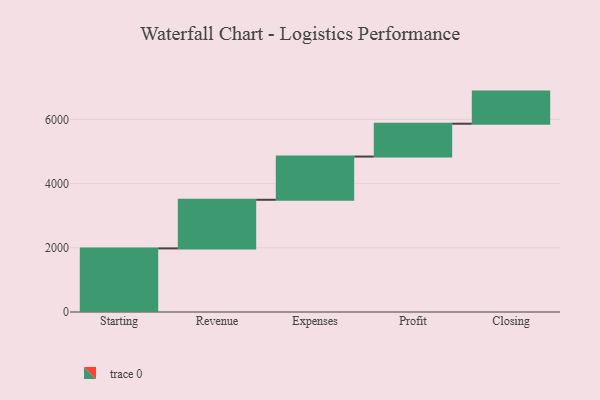
{"axis": {"x": "Step", "y": "Value"}, "legend": [""], "data": [{"x": "Starting", "y": 1981.0, "type": ""}, {"x": "Revenue", "y": 1514.0, "type": ""}, {"x": "Expenses", "y": 1346.0, "type": ""}, {"x": "Profit", "y": 1023.0, "type": ""}, {"x": "Closing", "y": 1000, "type": ""}]}